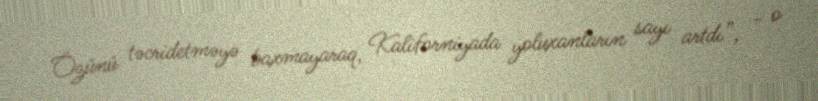
Özünü təcridetməyə baxmayaraq, Kaliforniyada yoluxanların sayı artdı”, - o